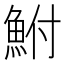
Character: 鮒